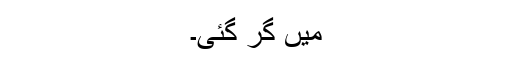
میں گر گئی۔